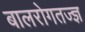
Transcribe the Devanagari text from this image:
बालरोगतज्‍ज्ञ